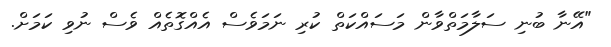
"އޭނާ ބުނި ސަލާމަތްވާން މަސައްކަތް ކުރި ނަމަވެސް އެއްގޮތެއް ވެސް ނުވި ކަމަށް.